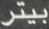
بيتر